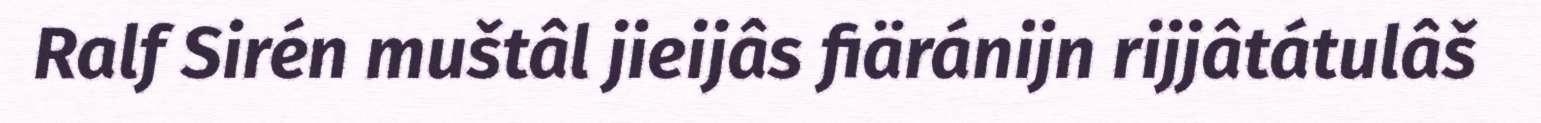
Ralf Sirén muštâl jieijâs fiäránijn rijjâtátulâš